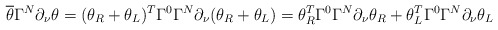
\begin{align*}\overline{\theta}\Gamma^N\partial_{\nu}\theta=(\theta_R+\theta_L)^T\Gamma^0\Gamma^N\partial_{\nu}(\theta_R+\theta_L)=\theta_R^T\Gamma^0\Gamma^N\partial_{\nu}\theta_R+\theta_L^T\Gamma^0\Gamma^N\partial_{\nu}\theta_L\end{align*}